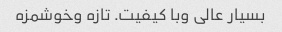
بسیار عالی وبا کیفیت. تازه وخوشمزه